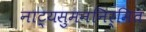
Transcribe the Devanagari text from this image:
नाट्यसुमननिर्मित